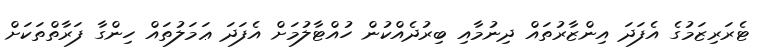
ޓެރަރިޒަމުގެ އެފަދަ އިންޒާރުތައް ދިނުމާއި ބިރުދެއްކުން ހުއްޓާލުމަށް އެފަދަ ޢަމަލުތައް ހިންގާ ފަރާތްތަކަށް